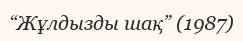
“Жұлдызды шақ” (1987)